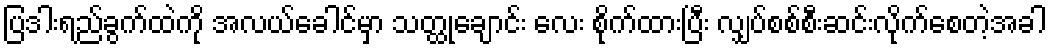
ပြဒါးရည်ခွက်ထဲကို အလယ်ခေါင်မှာ သတ္ထုချောင်း လေး စိုက်ထားပြီး လျှပ်စစ်စီးဆင်းလိုက်စေတဲ့အခါ